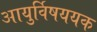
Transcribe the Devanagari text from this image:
आयुर्विषययक